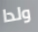
ولدا